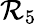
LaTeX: \mathcal{R}_{5}